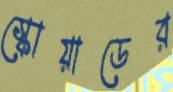
স্কোয়াডের